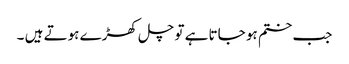
جب ختم ہو جاتا ہے تو چل کھڑے ہوتے ہیں ۔